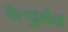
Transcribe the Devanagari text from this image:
ऐल्वुमेन